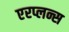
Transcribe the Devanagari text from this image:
एरप्लन्स